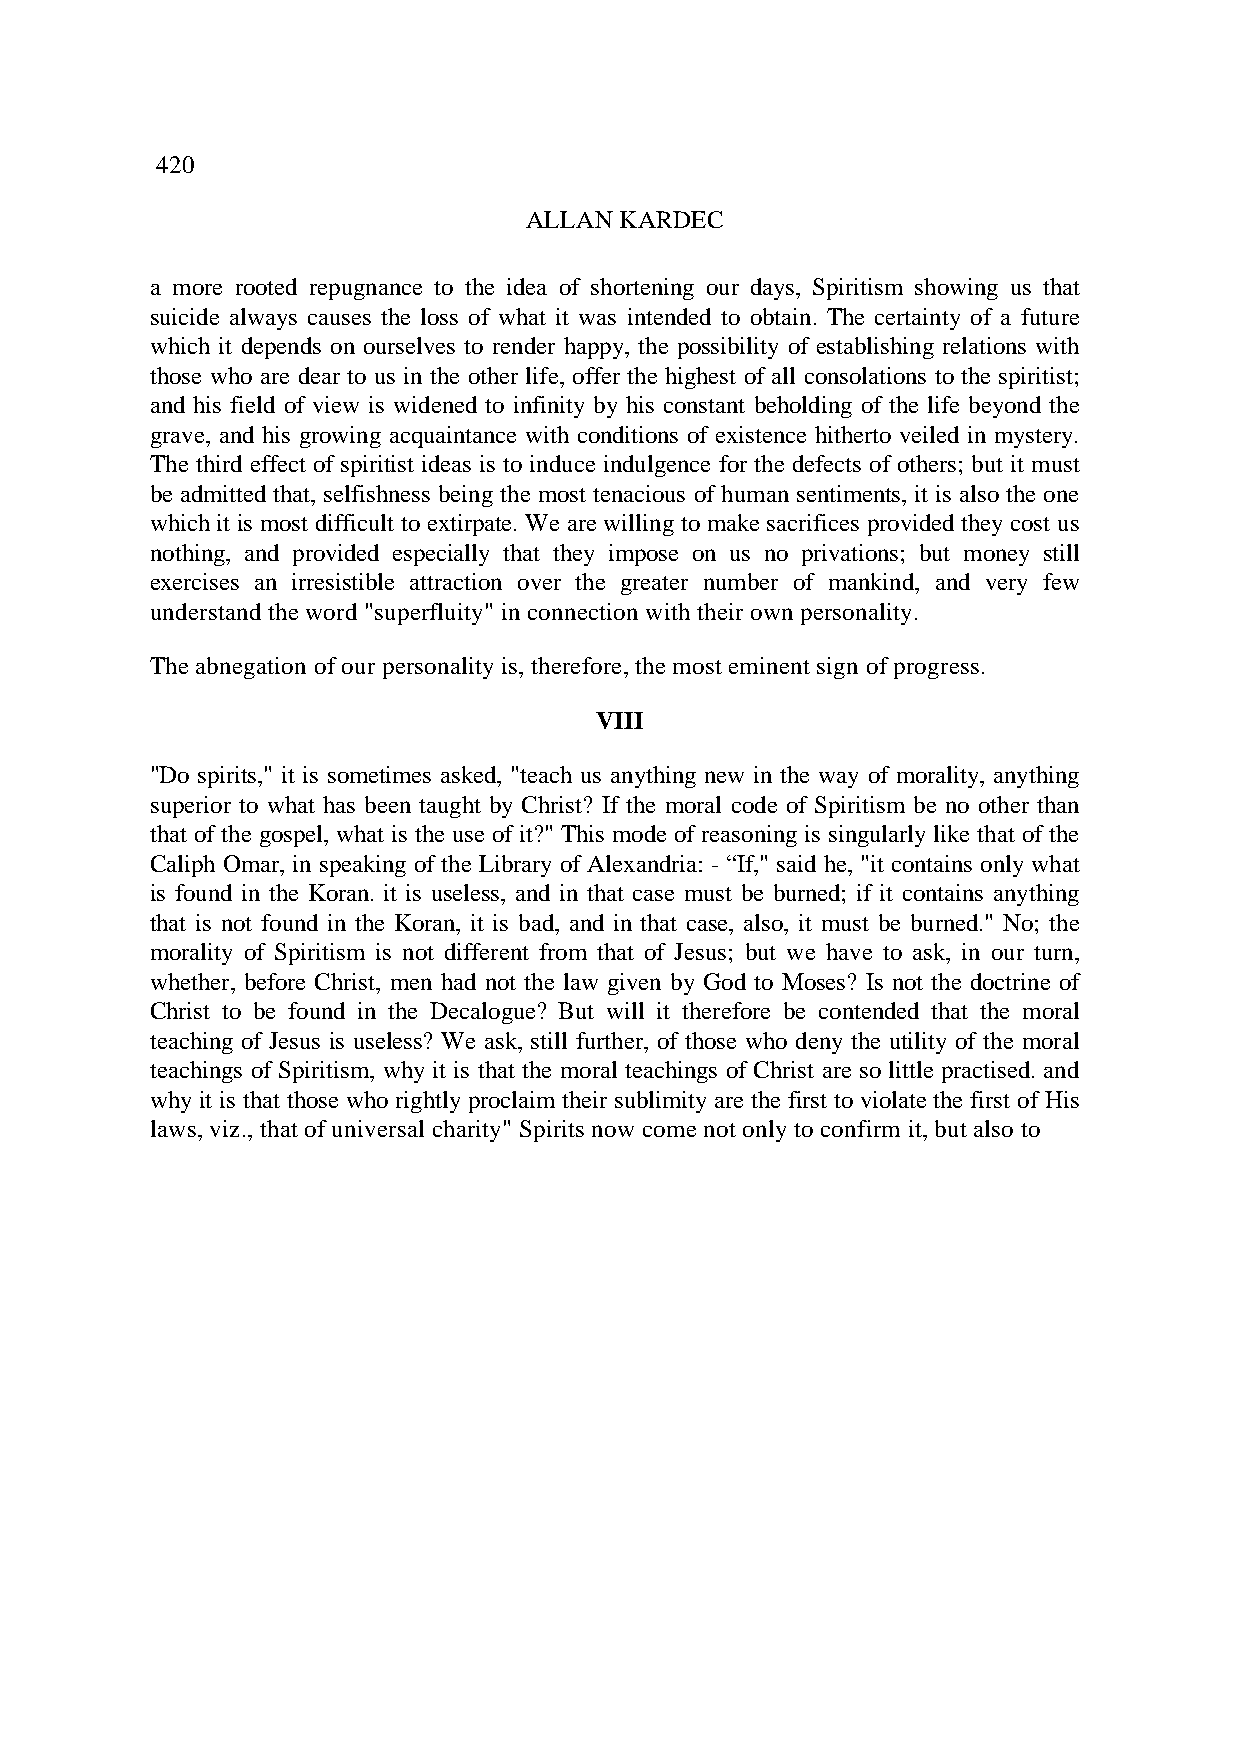
420
 ALLAN KARDEC
 a more rooted repugnance to the idea of shortening our days, Spiritism showing us that
 suicide always causes the loss of what it was intended to obtain. The certainty of a future
 which it depends on ourselves to render happy, the possibility of establishing relations with
 those who are dear to us in the other life, offer the highest of all consolations to the spiritist;
 and his field of view is widened to infinity by his constant beholding of the life beyond the
 grave, and his growing acquaintance with conditions of existence hitherto veiled in mystery.
 The third effect of spiritist ideas is to induce indulgence for the defects of others; but it must
 be admitted that, selfishness being the most tenacious of human sentiments, it is also the one
 which it is most difficult to extirpate. We are willing to make sacrifices provided they cost us
 nothing, and provided especially that they impose on us no privations; but money still
 exercises an irresistible attraction over the greater number of mankind, and very few
 understand the word "superfluity" in connection with their own personality.
 The abnegation of our personality is, therefore, the most eminent sign of progress.
 VIII
 "Do spirits," it is sometimes asked, "teach us anything new in the way of morality, anything
 superior to what has been taught by Christ? If the moral code of Spiritism be no other than
 that of the gospel, what is the use of it?" This mode of reasoning is singularly like that of the
 Caliph Omar, in speaking of the Library of Alexandria: - “If," said he, "it contains only what
 is found in the Koran. it is useless, and in that case must be burned; if it contains anything
 that is not found in the Koran, it is bad, and in that case, also, it must be burned." No; the
 morality of Spiritism is not different from that of Jesus; but we have to ask, in our turn,
 whether, before Christ, men had not the law given by God to Moses? Is not the doctrine of
 Christ to be found in the Decalogue? But will it therefore be contended that the moral
 teaching of Jesus is useless? We ask, still further, of those who deny the utility of the moral
 teachings of Spiritism, why it is that the moral teachings of Christ are so little practised. and
 why it is that those who rightly proclaim their sublimity are the first to violate the first of His
 laws, viz., that of universal charity" Spirits now come not only to confirm it, but also to